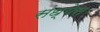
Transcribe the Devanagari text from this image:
संध्येस